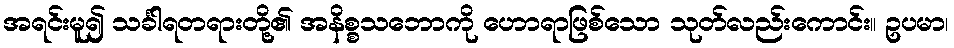
အရင်းမူ၍ သင်္ခါရတရားတို့၏ အနိစ္စသဘောကို ဟောရာဖြစ်သော သုတ်လည်းကောင်း။ ဥပမာ၊